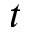
t